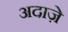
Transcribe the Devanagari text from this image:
अदाज़े